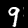
Label: 9